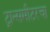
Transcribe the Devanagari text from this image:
ट्रान्समीटरचा